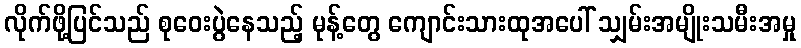
လိုက်ဖို့ပြင်သည် စုဝေးပွဲနေသည့် မုန့်တွေ ကျောင်းသားထုအပေါ် သျှမ်းအမျိုးသမီးအမှု